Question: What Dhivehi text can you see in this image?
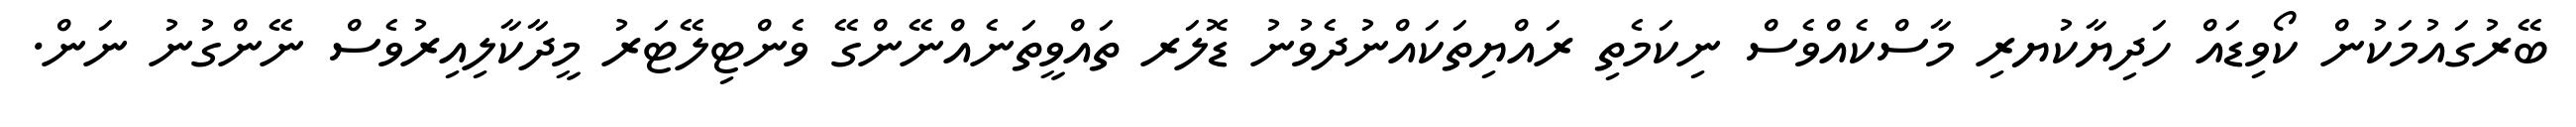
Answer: ބޭރުގައުމަކުން ކޯވިޑައް ހަދިޔާކުޔރި މާސްކެއްވެސް ނިކަމެތި ރައްޔިތަކައްނުދެވުނު ޑޮލަރ ތައްވީތަނެއްނޭންގޭ ވެންޓިލޭޓަރު މީދާކާލިއިރުވެސް ނޭންގުނު ނަން.